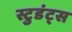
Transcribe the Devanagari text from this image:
स्टुडंट्‍स